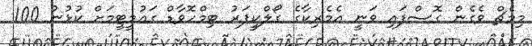
މިމެޗް ވެގެން ގޮސްފައި ވަނީ އެމެރިކާގެ ގޯލްކީޕަރު ޓިމްހޮވާޑް ގައުމީޓީމަށް ކުޅުނު 100